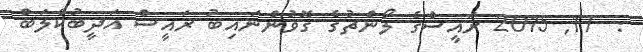
:  17